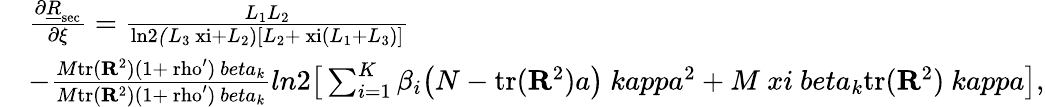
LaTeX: \begin{array}{r}{\begin{array}{rl}&{\frac{\partial\underline{{R}}_{\mathrm{sec}}}{\partial\xi}=\frac{L_{1}L_{2}}{\mathrm{ln2}\mit(L\mathrm{_3\ xi+\mit L\mathrm{_2)[\mit L\mathrm{_2+\ xi(\mit L\mathrm{_1+\mit L\mathrm{_3)]}}}}}}}\\ &{-\frac{M\mathrm{tr(\mathbf{R}\mathrm{^2)\mathrm{(1+\ rho^{\prime})\mit\ beta_{k}}}}}{M\mathrm{tr(\mathbf{R}\mathrm{^2)\mathrm{(1+\ rho^{\prime})\mit\ beta_{k}}}}}{ln2\big[\sum_{\mit i\mathrm{=1}}\mit^{K}\mit\beta_{i}\big(N-\mathrm{tr(\mathbf{R}\mathrm{^2)\mit a\big)\ kappa\mathrm{^2+\mit M\ xi\ beta_{k}\mathrm{tr(\mathbf{R}\mathrm{^2)\mit\ kappa\big]}}}}}},}\end{array}}\end{array}